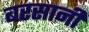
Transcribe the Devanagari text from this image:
बरसानी